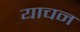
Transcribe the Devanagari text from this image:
याचन